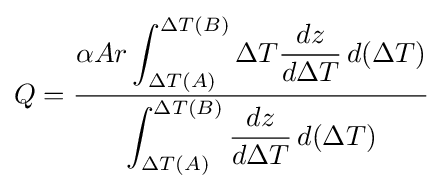
Q={\frac {\alpha Ar\displaystyle \int _{\Delta T(A)}^{\Delta T(B)}\Delta T{\frac {dz}{d\Delta T}}\,d(\Delta T)}{\displaystyle \int _{\Delta T(A)}^{\Delta T(B)}{\frac {dz}{d\Delta T}}\,d(\Delta T)}}